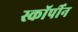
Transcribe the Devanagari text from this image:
स्कॉर्पीन